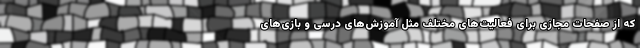
که از صفحات مجازی برای فعالیت‌های مختلف مثل آموزش‌های درسی و بازی‌های